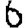
Digit: 6